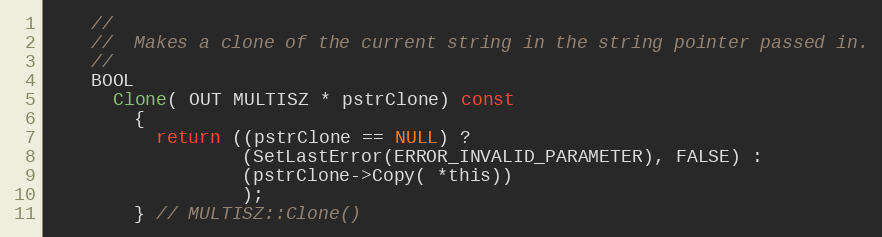
Language: C
    //
    //  Makes a clone of the current string in the string pointer passed in.
    //
    BOOL
      Clone( OUT MULTISZ * pstrClone) const
        {
          return ((pstrClone == NULL) ?
                  (SetLastError(ERROR_INVALID_PARAMETER), FALSE) :
                  (pstrClone->Copy( *this))
                  );
        } // MULTISZ::Clone()